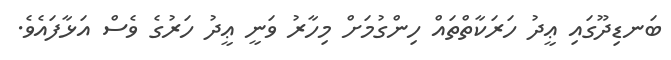
ބަނޑިދޫގައި ޢީދު ހަރަކާތްތައް ހިންގުމަށް މިހާރު ވަނީ ޢީދު ހަރުގެ ވެސް އަޅާފައެވެ.